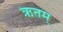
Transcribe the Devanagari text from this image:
ऋतम्